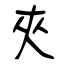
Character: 夾